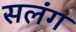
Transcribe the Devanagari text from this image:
सलंग